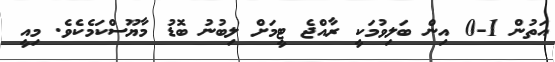
އަތުން 1-0 އިން ބަލިވުމަކީ ރާއްޖެ ޓީމަށް ލިބުނު ބޮޑު މާޔޫސްކަމެކެވެ. މިއީ